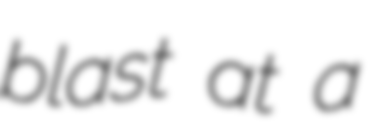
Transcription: blast at a